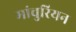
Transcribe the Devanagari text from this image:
मांचुरियन